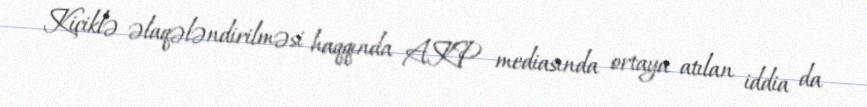
Kiçiklə əlaqələndirilməsi haqqında AKP mediasında ortaya atılan iddia da